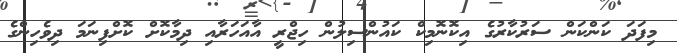
މިފަދަ ކަންކަން ސަރުކާރުގެ އިކޮނޮމިކް ކައުންސިލުން ހިޖްރީ އާއަހަރާއި ދިމާކޮށް ކޮށްފިނަމަ ދިވެހިންގެ